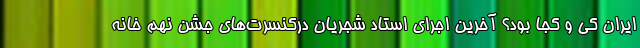
ایران کی و کجا بود؟ آخرین اجرای استاد شجریان دركنسرت‌هاي جشن نهم خانه